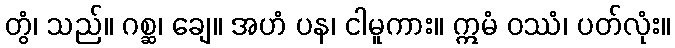
တွံ၊ သည်။ ဂစ္ဆ၊ ချေ။ အဟံ ပန၊ ငါမူကား။ ဣမံ ဝဿံ၊ ပတ်လုံး။